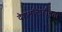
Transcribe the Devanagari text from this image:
देशभक्तिहीनता